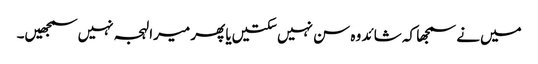
میں‌نے سمجھا کہ شائد وہ سن نہیں‌سکتیں‌یا پھر میرا لہجہ نہیں‌سمجھیں۔